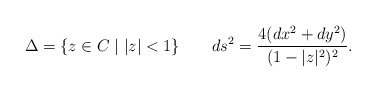
\begin{align*}\Delta=\{z \in C \mid |z|<1 \} \qquad ds^2=\frac{4(dx^2+dy^2)}{(1-|z|^2)^2}.\end{align*}